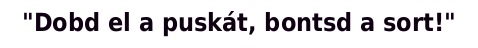
"Dobd el a puskát, bontsd a sort!"